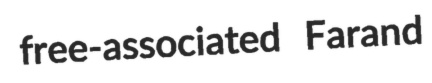
free-associated Farand